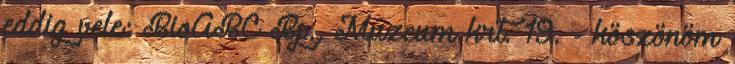
eddig vele: BioABC Bp., Múzeum krt. 19. - köszönöm